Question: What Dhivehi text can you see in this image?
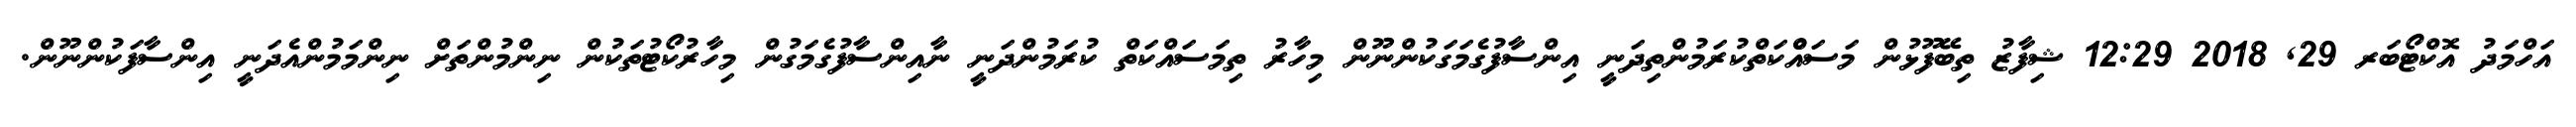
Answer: އަހްމަދު އޮކްޓޯބަރ 29, 2018 12:29 ޝިފާޒު ތިބޭފޫޅުން މަސައްްކަތްކުރަމުންތިދަނީ އިންސާފުގެމަގަކުންނޫން މިހާރު ތިމަސައްކަތް ކުރަމުންދަނީ ނާއިންސާފުގެމަގުން މިހާރުކޯޓުތަކުން ނިންމުންތަށް ނިންމަމުންއެދަނީ އިންސާފަކުންނޫން.